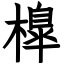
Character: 橰